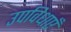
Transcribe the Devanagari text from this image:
उपविधाएँ